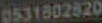
0531802820